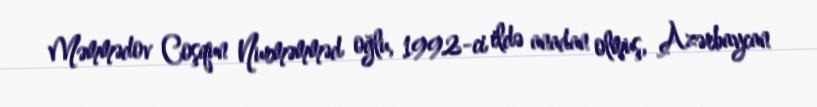
Məmmədov Coşqun Nurməmməd oğlu, 1992-ci ildə anadan olmuş, Azərbaycan